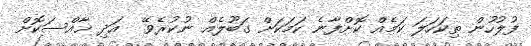
ފުލުހުން ތިކަހަލަ ކަމެއް ކޮށްފާނެ ކަމަކަށް ގަބޫލެއް ނުކުރެވޭ  އަދި ޚާއްސަކޮށް